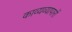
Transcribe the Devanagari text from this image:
काव्यव्यापारों